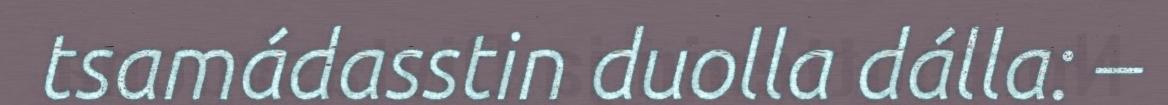
tsamádasstin duolla dálla: –